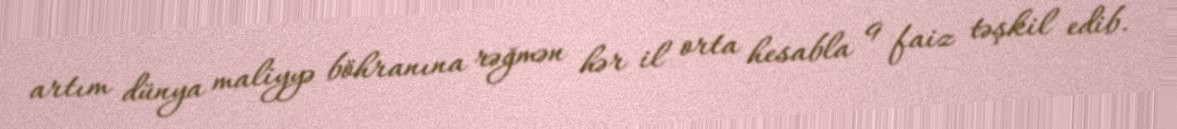
artım dünya maliyyə böhranına rəğmən hər il orta hesabla 9 faiz təşkil edib.